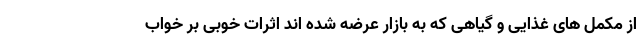
از مکمل های غذایی و گیاهی که به بازار عرضه شده اند اثرات خوبی بر خواب